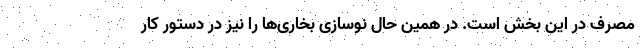
مصرف در این بخش است. در همین حال نوسازی بخاری‌ها را نیز در دستور کار